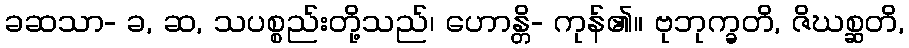
ခဆသာ- ခ, ဆ, သပစ္စည်းတို့သည်၊ ဟောန္တိ- ကုန်၏။ ဗုဘုက္ခတိ, ဇိဃစ္ဆတိ,